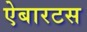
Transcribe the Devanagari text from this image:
ऐबारटस